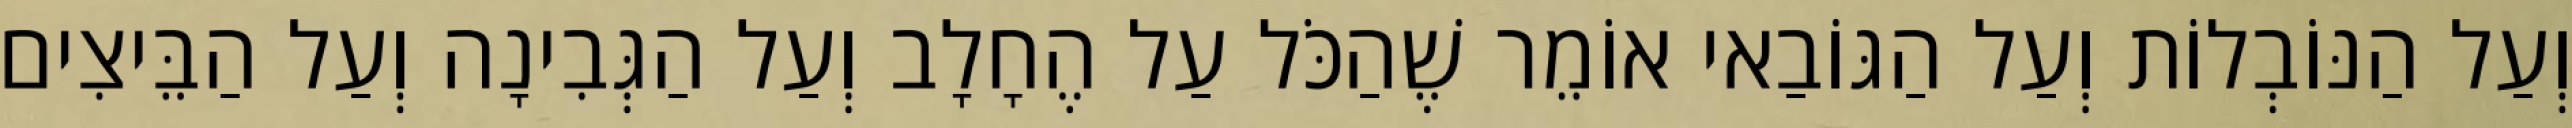
וְעַל הַנּוֹבְלוֹת וְעַל הַגּוֹבַאי אוֹמֵר שֶׁהַכֹּל עַל הֶחָלָב וְעַל הַגְּבִינָה וְעַל הַבֵּיצִים